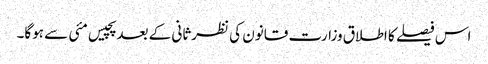
اس فیصلے کا اطلاق وزارت قانون کی نظرثانی کے بعد پچیس مئی سے ہوگا۔